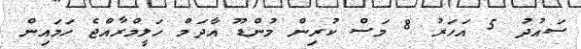
ސައުދު 5 އަހަރު 8 މަސް ކުރިން މުންޑޫ އާދަމް ހަލީމްރާއްޖެ ހަމައިން